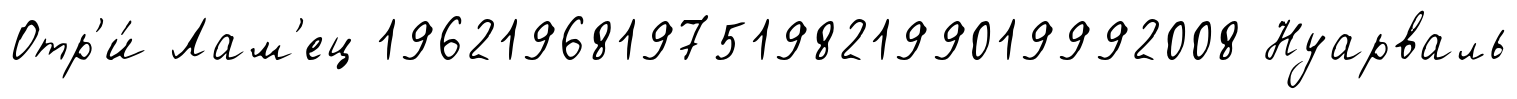
Отр'и́ Лам'ец 1962196819751982199019992008 Нуарваль